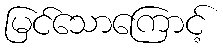
မြင်သောကြောင့်